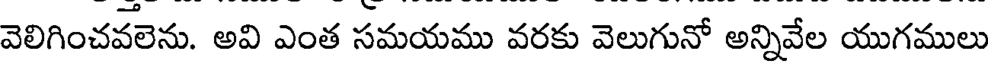
వెలిగించవలెను. అవి ఎంత సమయము వరకు వెలుగునో అన్నివేల యుగములు